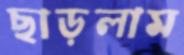
ছাড়লাম